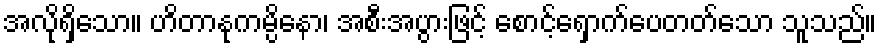
အလိုရှိသော။ ဟိတာနုကမ္ပိနော၊ အစီးအပွားဖြင့် စောင့်ရှောက်ပေတတ်သော သူသည်။